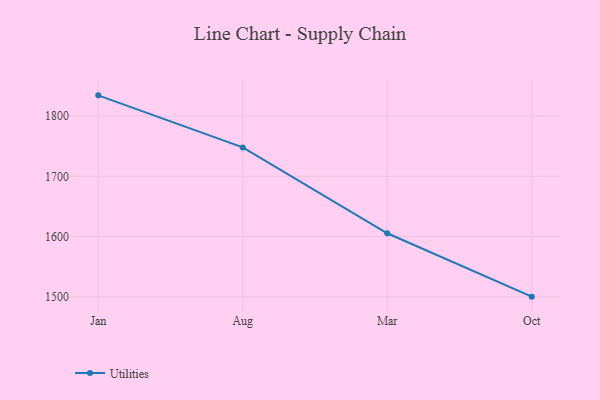
{"axis": {"x": "Month", "y": "Revenue (USD Million)"}, "legend": ["Utilities"], "data": [{"x": "Jan", "y": 1834.3, "type": "Utilities"}, {"x": "Aug", "y": 1748.0, "type": "Utilities"}, {"x": "Mar", "y": 1605.5, "type": "Utilities"}, {"x": "Oct", "y": 1500.4, "type": "Utilities"}]}